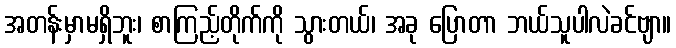
အတန်းမှာမရှိဘူး၊ စာကြည့်တိုက်ကို သွားတယ်၊ အခု ပြောတာ ဘယ်သူပါလဲခင်ဗျာ။